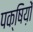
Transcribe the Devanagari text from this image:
पक्षिय़ों